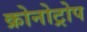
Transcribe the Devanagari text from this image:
क्रोनोट्रोप